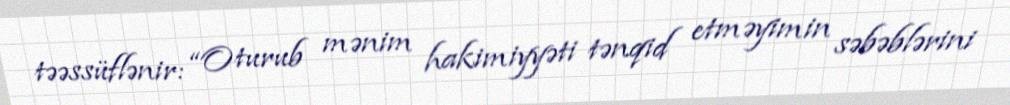
təəssüflənir: “Oturub mənim hakimiyyəti tənqid etməyimin səbəblərini